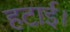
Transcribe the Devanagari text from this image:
हटाई।